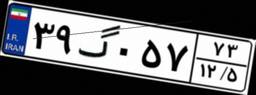
۲۱گ۷۵۲۹۲